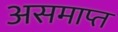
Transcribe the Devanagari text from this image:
असमाप्त